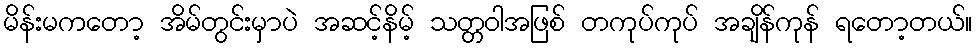
မိန်းမကတော့ အိမ်တွင်းမှာပဲ အဆင့်နိမ့် သတ္တဝါအဖြစ် တကုပ်ကုပ် အချိန်ကုန် ရတော့တယ်။